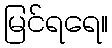
မြင်ရရေ။